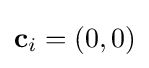
\mathbf {c} _{i}=(0,0)